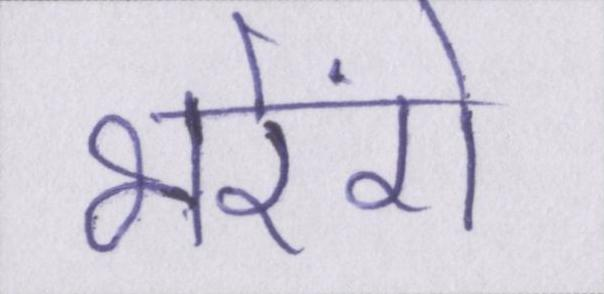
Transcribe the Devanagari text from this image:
भरेंगे